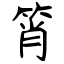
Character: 筲